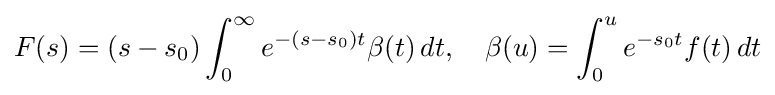
F(s)=(s-s_{0})\int _{0}^{\infty }e^{-(s-s_{0})t}\beta (t)\,dt,\quad \beta (u)=\int _{0}^{u}e^{-s_{0}t}f(t)\,dt